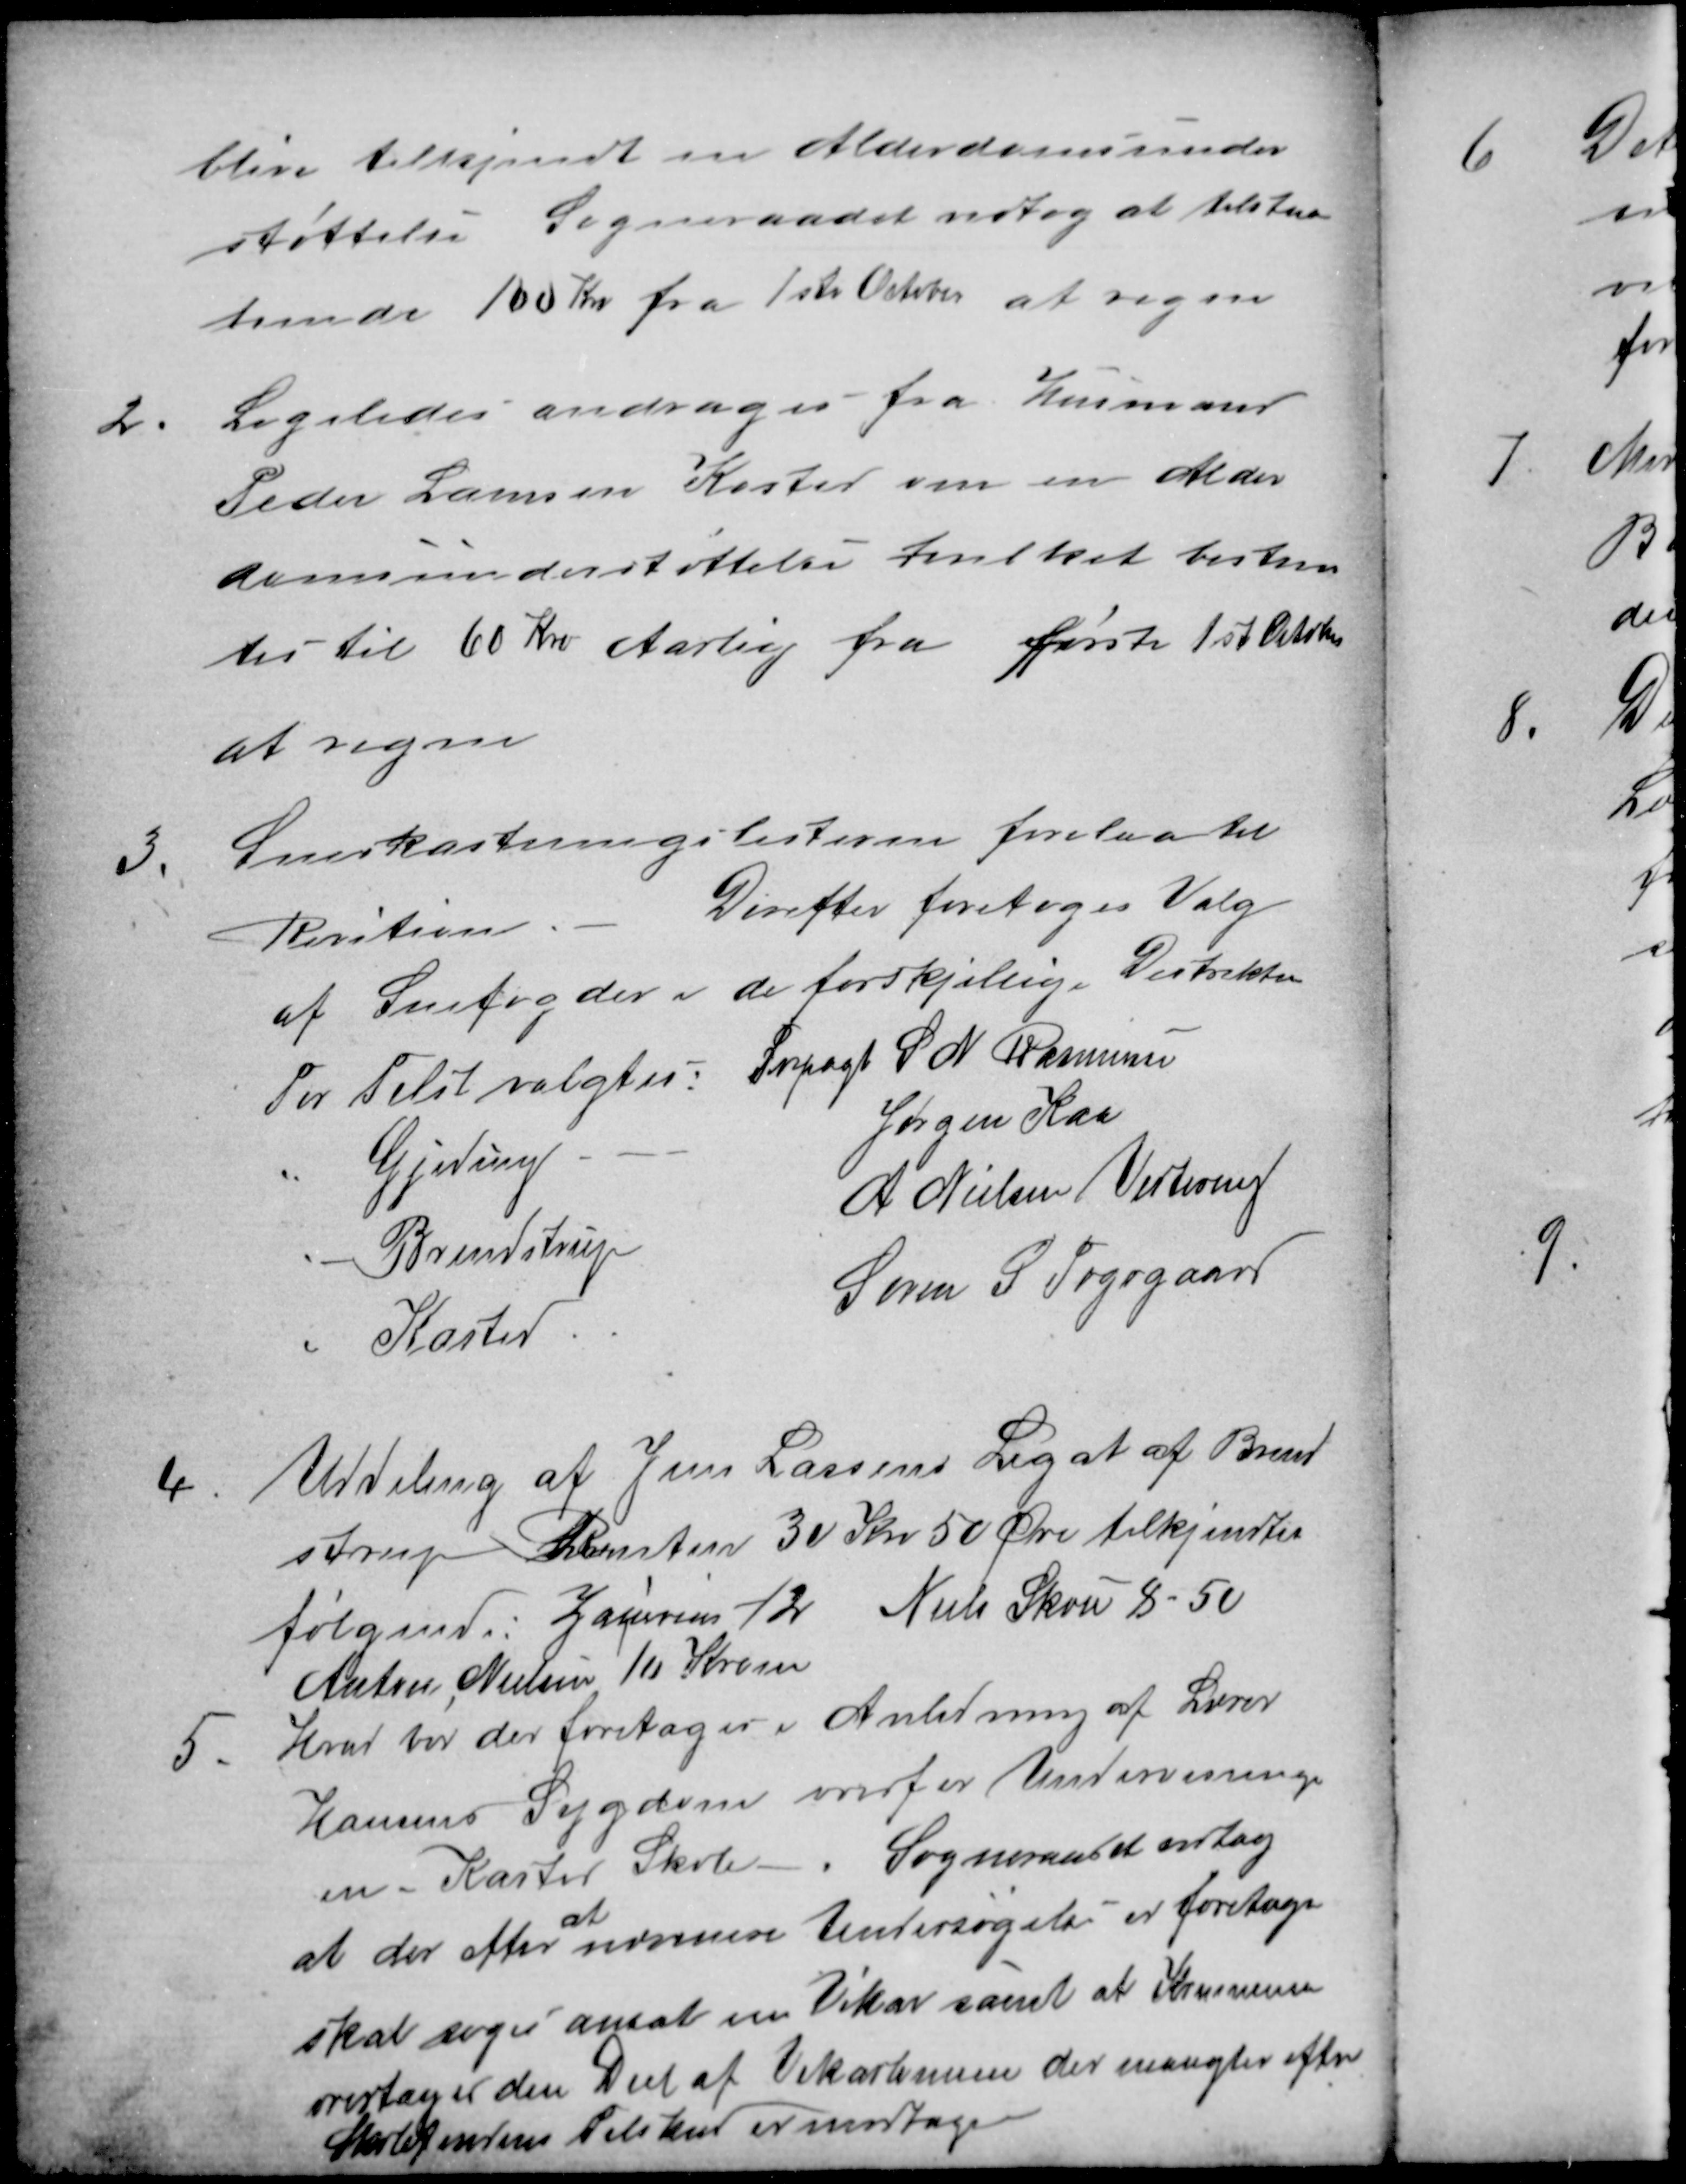
Transskription:
blive tilkjendt en Alderdomsunder
støttelse Sogneraadet vedtog at tilstaa
hende 100 Kr fra 1ste October at regne
2.
Ligeledes andragen fra Husmand
Peder Laursen Kasted om en Alder
domsunderstøttelse hvilket bestem
tes til 60 Kr Aarlig fra første 1st October
at regne
3.
Snekastningslisterne forelaa til
Revition
Derefter foretoges Valg
af Snefogder i de forskjellige Distrikter
For Tilst valgtes: Forpagt  S. N. Rasmussen
Gjeding
Jørgen Kaa
Brendstrup
A Nielsen Vestereng
Kasted
Søren Østergaard
4
Uddeling af Jens Larsens Legat af Brend
strup Renten 30 Kr 50 Øre tilkjendtes
følgende: Zakarias 12 Niels Skou 8-50
Anton Nielsen 10 Kroner
5.
Hvad bør der foretages i Anledning af Lærer
Hansens Sygdom overfor Undervisning-
en i Kasted Skole. Sogneraadet vedtog
at der efter 
at
nærmere Undersøgelse er foretage
skal søges ansat en Vikar samt at Kommunen
overtager den Deel af Vikarlønnen der mangler efter
Skolefondens Tilskud er modtaget